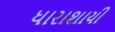
ધારાશાયી